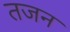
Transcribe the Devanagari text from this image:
तजन